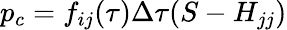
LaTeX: p_{c}=f_{ij}(\tau)\Delta\tau(S-H_{jj})